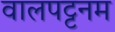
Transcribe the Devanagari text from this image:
वालपट्टनम